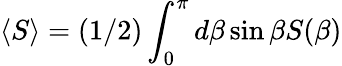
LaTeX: \left<S\right>=(1/2)\int_{0}^{\pi}d\beta\sin\beta S(\beta)